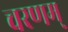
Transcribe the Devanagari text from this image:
चरणम्‌